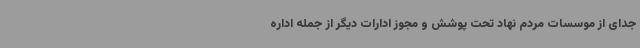
جدای از موسسات مردم نهاد تحت پوشش و مجوز ادارات دیگر از جمله اداره